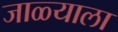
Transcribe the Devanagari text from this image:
जाळ्याला